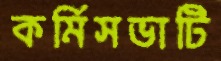
কর্মিসভাটি